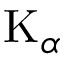
\mathrm { K } _ { \alpha }